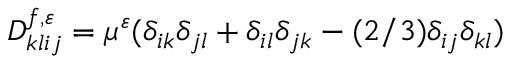
D _ { k l i j } ^ { f , \varepsilon } = \mu ^ { \varepsilon } ( \delta _ { i k } \delta _ { j l } + \delta _ { i l } \delta _ { j k } - ( 2 / 3 ) \delta _ { i j } \delta _ { k l } )